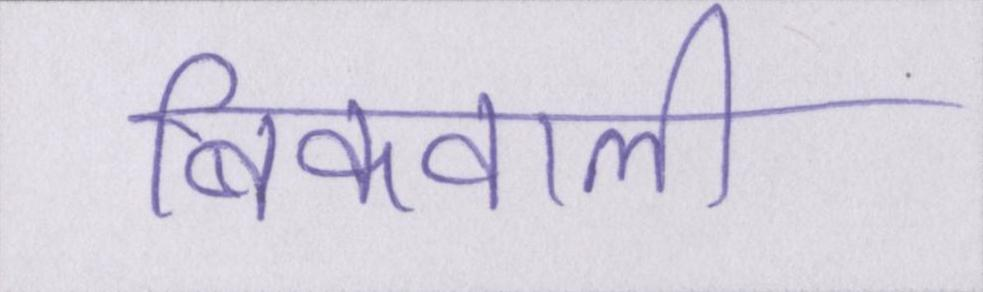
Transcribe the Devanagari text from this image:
बिकवाली